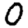
Digit: 0